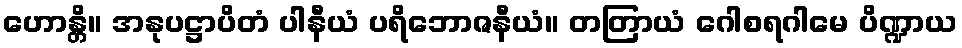
ဟောန္တိ။ အနုပဋ္ဌာပိတံ ပါနီယံ ပရိဘောဇနီယံ။ တတြာယံ ဂေါစရဂါမေ ပိဏ္ဍာယ